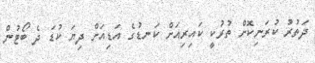
ދަތުރު ކުރަނިކޮށް ތުރުކީ ކައިރިއަށް ކަނޑުގެ އަޑިއަށް ދިޔަ ކުޑަ ދެ ބޯޓުން